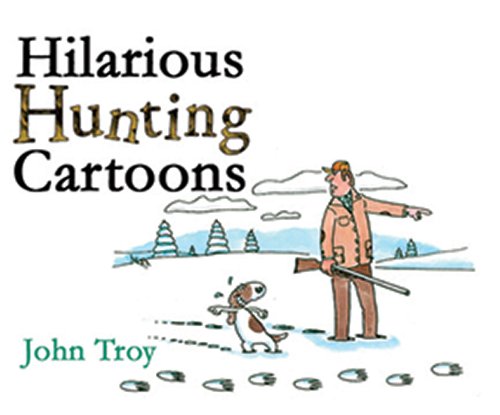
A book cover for Hilarious Hunting Cartoons; John Troy; Humor & Entertainment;